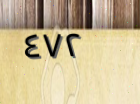
٤٧٢